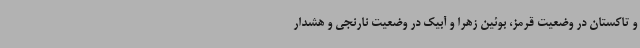
و تاکستان در وضعیت قرمز، بوئین زهرا و آبیک در وضعیت نارنجی و هشدار